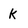
Character: k